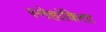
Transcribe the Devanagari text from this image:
स्नेहांकिता